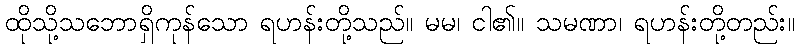
ထိုသို့သဘောရှိကုန်သော ရဟန်းတို့သည်။ မမ၊ ငါ၏။ သမဏာ၊ ရဟန်းတို့တည်း။